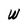
Character: W